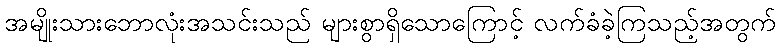
အမျိုးသားဘောလုံးအသင်းသည် များစွာရှိသောကြောင့် လက်ခံခဲ့ကြသည့်အတွက်